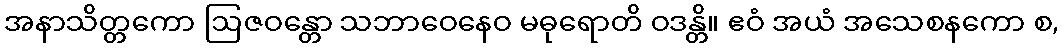
အနာသိတ္တကော ဩဇဝန္တော သဘာဝေနေဝ မဓုရောတိ ဝဒန္တိ။ ဧဝံ အယံ အသေစနကော စ,